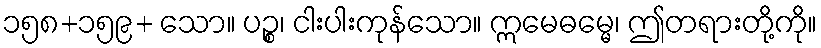
၁၅၈+၁၅၉+ သော။ ပဉ္စ၊ ငါးပါးကုန်သော။ ဣမေဓမ္မေ၊ ဤတရားတို့ကို။